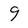
Character: 9